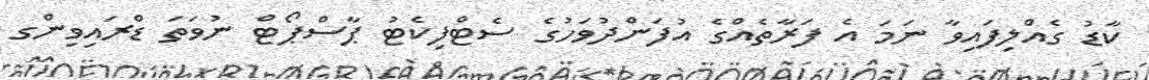
ކާޑު ގެއްލިފައިވާ ނަމަ އެ ފަރާތެއްގެ އުފަންދުވަހުގެ ސެޓްފިކެޓު ޕާސްޕޯޓް ނުވަތަ ޑްރައިވިންގ